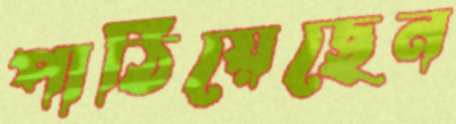
পাঠিয়েছেন